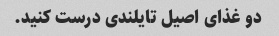
دو غذای اصیل تایلندی درست کنید.